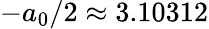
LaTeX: -a_{0}/2\approx 3.10312